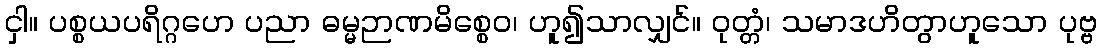
ငှါ။ ပစ္စယပရိဂ္ဂဟေ ပညာ ဓမ္မဉာဏမိစ္စေဝ၊ ဟူ၍သာလျှင်။ ဝုတ္တံ၊ သမာဒဟိတွာဟူသော ပုဗ္ဗ